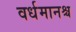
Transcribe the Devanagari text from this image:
वर्धमानश्च